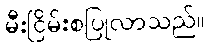
မီးငြိမ်းစပြုလာသည်။